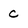
Character: c